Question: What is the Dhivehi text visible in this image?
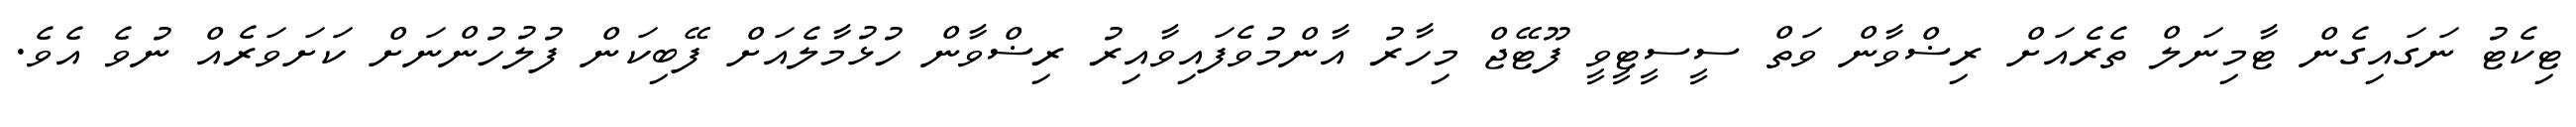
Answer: ޓިކެޓު ނަގައިގެން ޓާމިނަލް ތެރެއަށް ރިޟްވާން ވަތް ސީސީޓީވީ ފޫޓޭޖް މިހާރު އާންމުވެފައިވާއިރު ރިޟްވާން ހުޅުމާލެއަށް ފޭބިކަން ފުލުހުންނަށް ކަށަވަރެއް ނުވެ އެވެ.